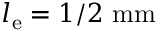
l _ { \mathrm { e } } = 1 / 2 \ \mathrm { m m }